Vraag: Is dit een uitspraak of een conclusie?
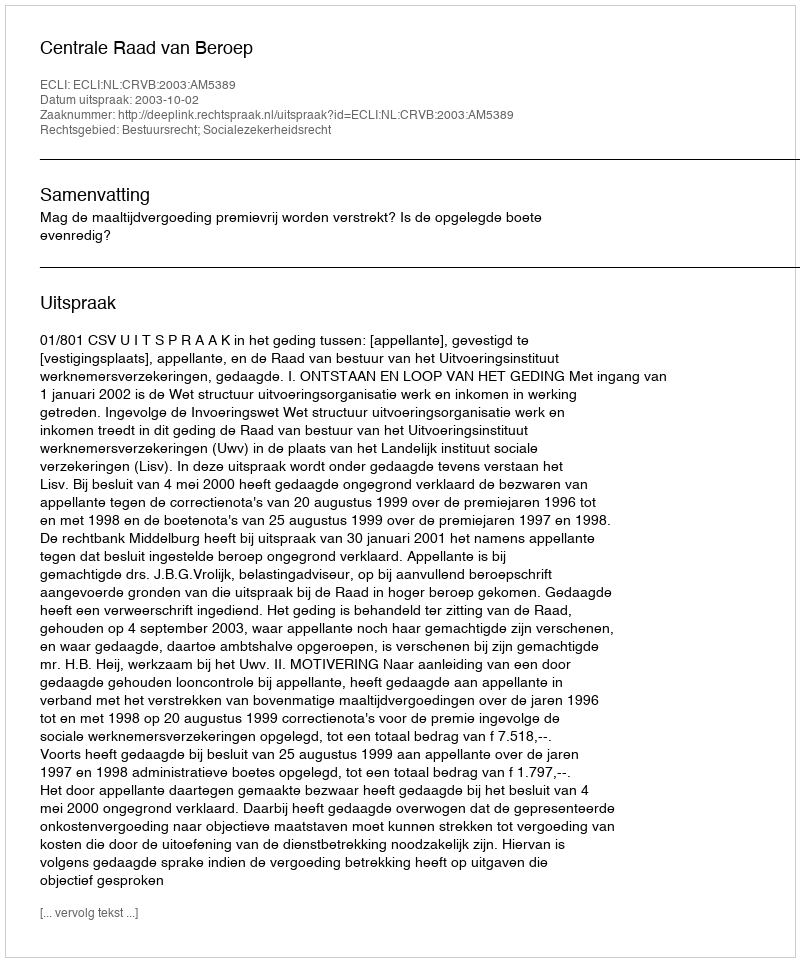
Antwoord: Uitspraak